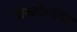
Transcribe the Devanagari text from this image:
चेस्टोशोवा